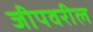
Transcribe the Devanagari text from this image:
जीपवरील